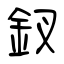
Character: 釵